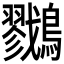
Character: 𪇯